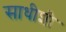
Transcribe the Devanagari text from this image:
साधीशी